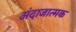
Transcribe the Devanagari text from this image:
अंदाजात्मक